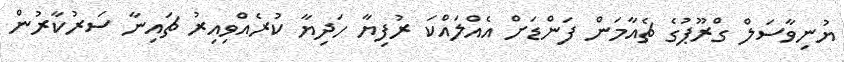
ޔުނިވާސަލް ގްރޫޕުގެ ޗެއާމަން ފަންޑަށް އެއްލައްކަ ރުފިޔާ ހަދިޔާ ކުރެއްވިއިރު ޗައިނާ ސަރުކާރުން